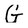
Character: G